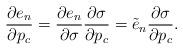
LaTeX: \begin{align*}\frac{\partial e_n}{\partial p_c} = \frac{\partial e_n}{\partial \sigma}\frac{\partial \sigma}{\partial p_c} = \tilde{e}_n\frac{\partial \sigma}{\partial p_c}.\end{align*}